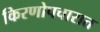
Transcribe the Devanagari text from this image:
किरणोपचारात